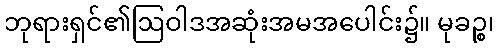
ဘုရားရှင်၏ဩဝါဒအဆုံးအမအပေါင်း၌။ မုခဉ္စ၊